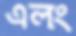
এলং